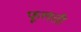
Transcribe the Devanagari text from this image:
फूलतीं